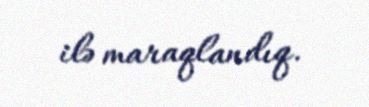
ilə maraqlandıq.